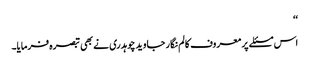
‘‘
اس مسئلے پر معروف کالم نگار جاوید چوہدری نے بھی تبصرہ فرمایا۔